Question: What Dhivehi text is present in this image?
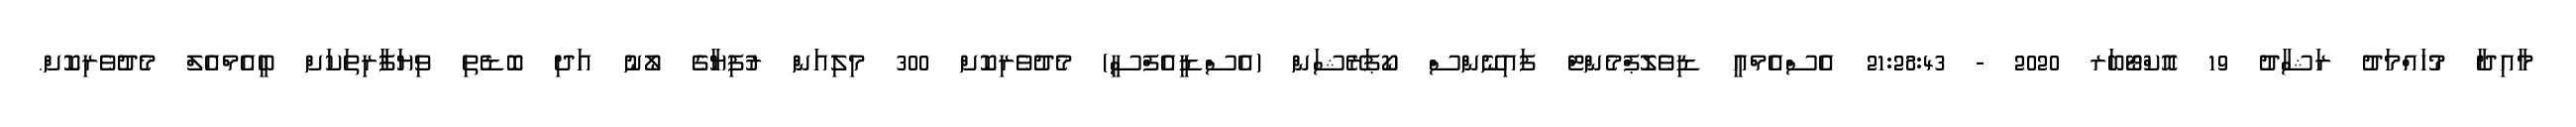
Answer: މާއިދާ މުހައްމަދު ރަޝާދު 19 އޮކްޓޯބަރ 2020 - 21:28:43 އެސްއެމްއީ ޑިވެލޮޕްމެންޓް ފައިނޭންސް ކޯޕަރޭޝަން (އެސްޑީއެފްސީ) މެދުވެރިކޮށް 300 މިލިއަން ރުފިޔާގެ ލޯނު އަދި ބޮޑެތި ވިޔަފާރިތަކަށް ބީއެމްއެލް މެދުވެރިކޮށް.